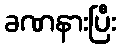
ခဏနားပြီး